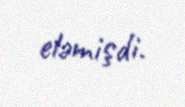
eləmişdi.